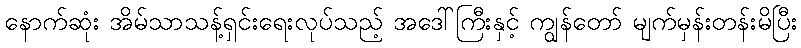
နောက်ဆုံး အိမ်သာသန့်ရှင်းရေးလုပ်သည့် အဒေါ်ကြီးနှင့် ကျွန်တော် မျက်မှန်းတန်းမိပြီး